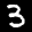
Label: 3